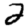
Digit: 2